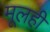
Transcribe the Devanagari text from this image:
मूलही